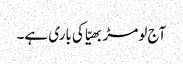
آج لومڑ بھیّا کی باری ہے۔